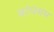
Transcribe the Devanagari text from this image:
कांचसम